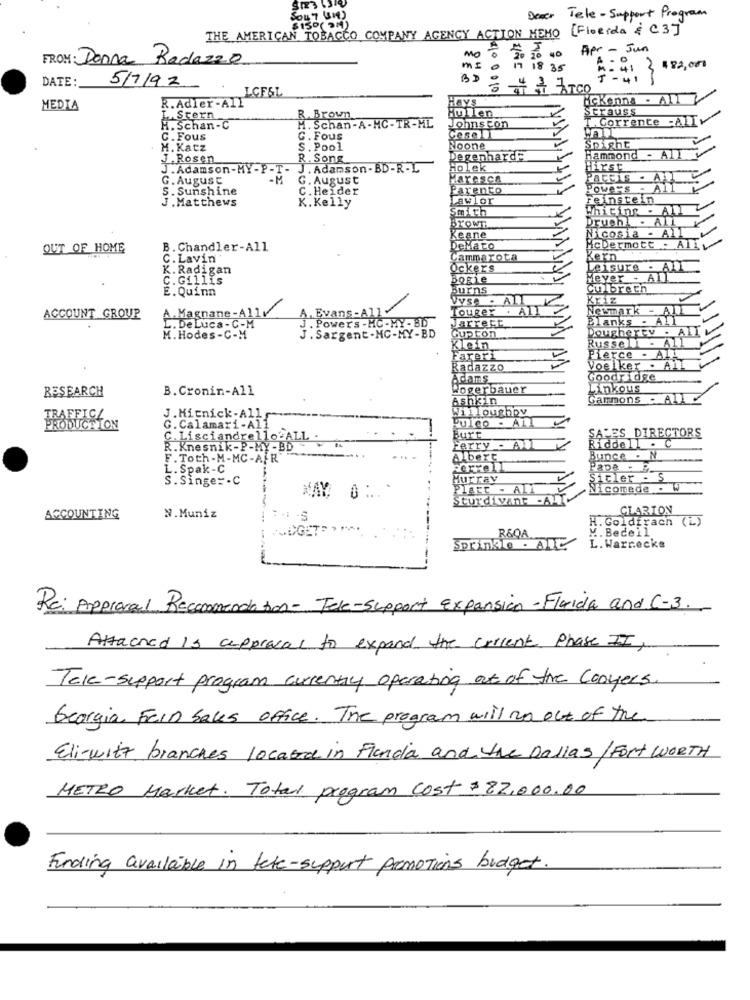
Deser
Tele - Support Program
THE AMERICAN TOBACCO COMPANY AGENCY ACTION MEMO [Florida & C3]
$150( 3M)
18 20 20 40 Apr- Jun
FROM: Donna Radazzo
no
ME
18 35
-41 3 482,001
DATE:
BD
5/7/92
LGFSL
Hays
Mckenna - All
MEDIA
R. Adler-All
Hullen
Strauss
Stern
R. Brown
T. Corrente -All
H. Schan-C
M. Schan-A-HC-TR-ML
Johnston
C . Fous
G . Fous
Wall
M. Katz
S. Pool
Noone
Spight
Rosen
R. Song
Degenhard
Hammond - All
J. Adamson-MY-P-T- J . Adamson - BD-R-L
Holek
Hirst
G. August
G. August
PAccis.
S. Sunshine
C. Heider
Parento
Powe's - Al
J. Matthews
Lawlor
Feinstein
K. Kelly
Smith
Whiting - AL
Brown
Druch . All V
Nicosia - All V
Keane
OUT OF HOME
B. Chandler-All
DeMato
McDermott . Allv
C. Lavin
Cammarota
Kern
K. Radigan
Ockers
Leisure - All
C.Gillis
Bogie
Meyer - All
E. Quinn
Culbreth
VS. - ALI
Kriz
Touger +
AIT
Newmark -
ACCOUNT _GROUP
A.Magnane-Al
A. Evans - Al
J. Powers - MC- MY - BD
Jarrett
Blanks - All
De Luca- C-M
Dougherty . AllL
M. Hodes-C-M
J. Sargent -MC-MY-BD
Gupton
Klein
Russell - All
Farer1
Pierce - All
Radazzo
Voelker . All
Adams
Goodridge
RESEARCH
B. Cronin-All
Wogerbauer
Linkous
Ashkin
Sammons
ALI
Willoughby
TRAFFICL
J. Mitnick-All
Puleo - AT
ODUCTION
G. Calamari-All
C. Lisciandrello ALL .
Burt
SALES DIRECTORS
R. Knesnik-P-MY-BD
Ferry - ALL
Riddell . C
F. Toth-M-MC-AFR
Albert
Bunce . N
L. Spak-C
Ferrell
Papa - B.
S. Singer-C
Murray
Sicler - S
Place - ALI
Nicomede - W
Sturdivant -AI
CLARION
ACCOUNTING
N.Muniz
H. Goldfrach
(L)
PUDGET
M. Beceil
R&QA
L. Warnecke
Re: Approval Recommendation- Tele-support Expansion -Fluida and C-3.
Attached is approval to expand the current Phase II,
Tak-support program currently operating out of the Conyers
Georgia FreIn sales office. The program will no out of the
Eli-witz branches located in Flandia and the Dallas/Fort WORTH
METRO Market. Total program Cost $ 22.000.00
Funding available in tate-support promotions budget